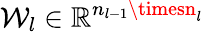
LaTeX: \mathcal{W}_{l}\in\mathbb{{R}}^{n_{l-1}\timesn_{l}}